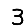
Digit: 3